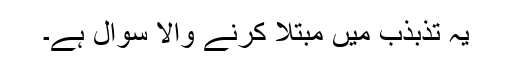
یہ تذبذب میں مبتلا کرنے والا سوال ہے۔